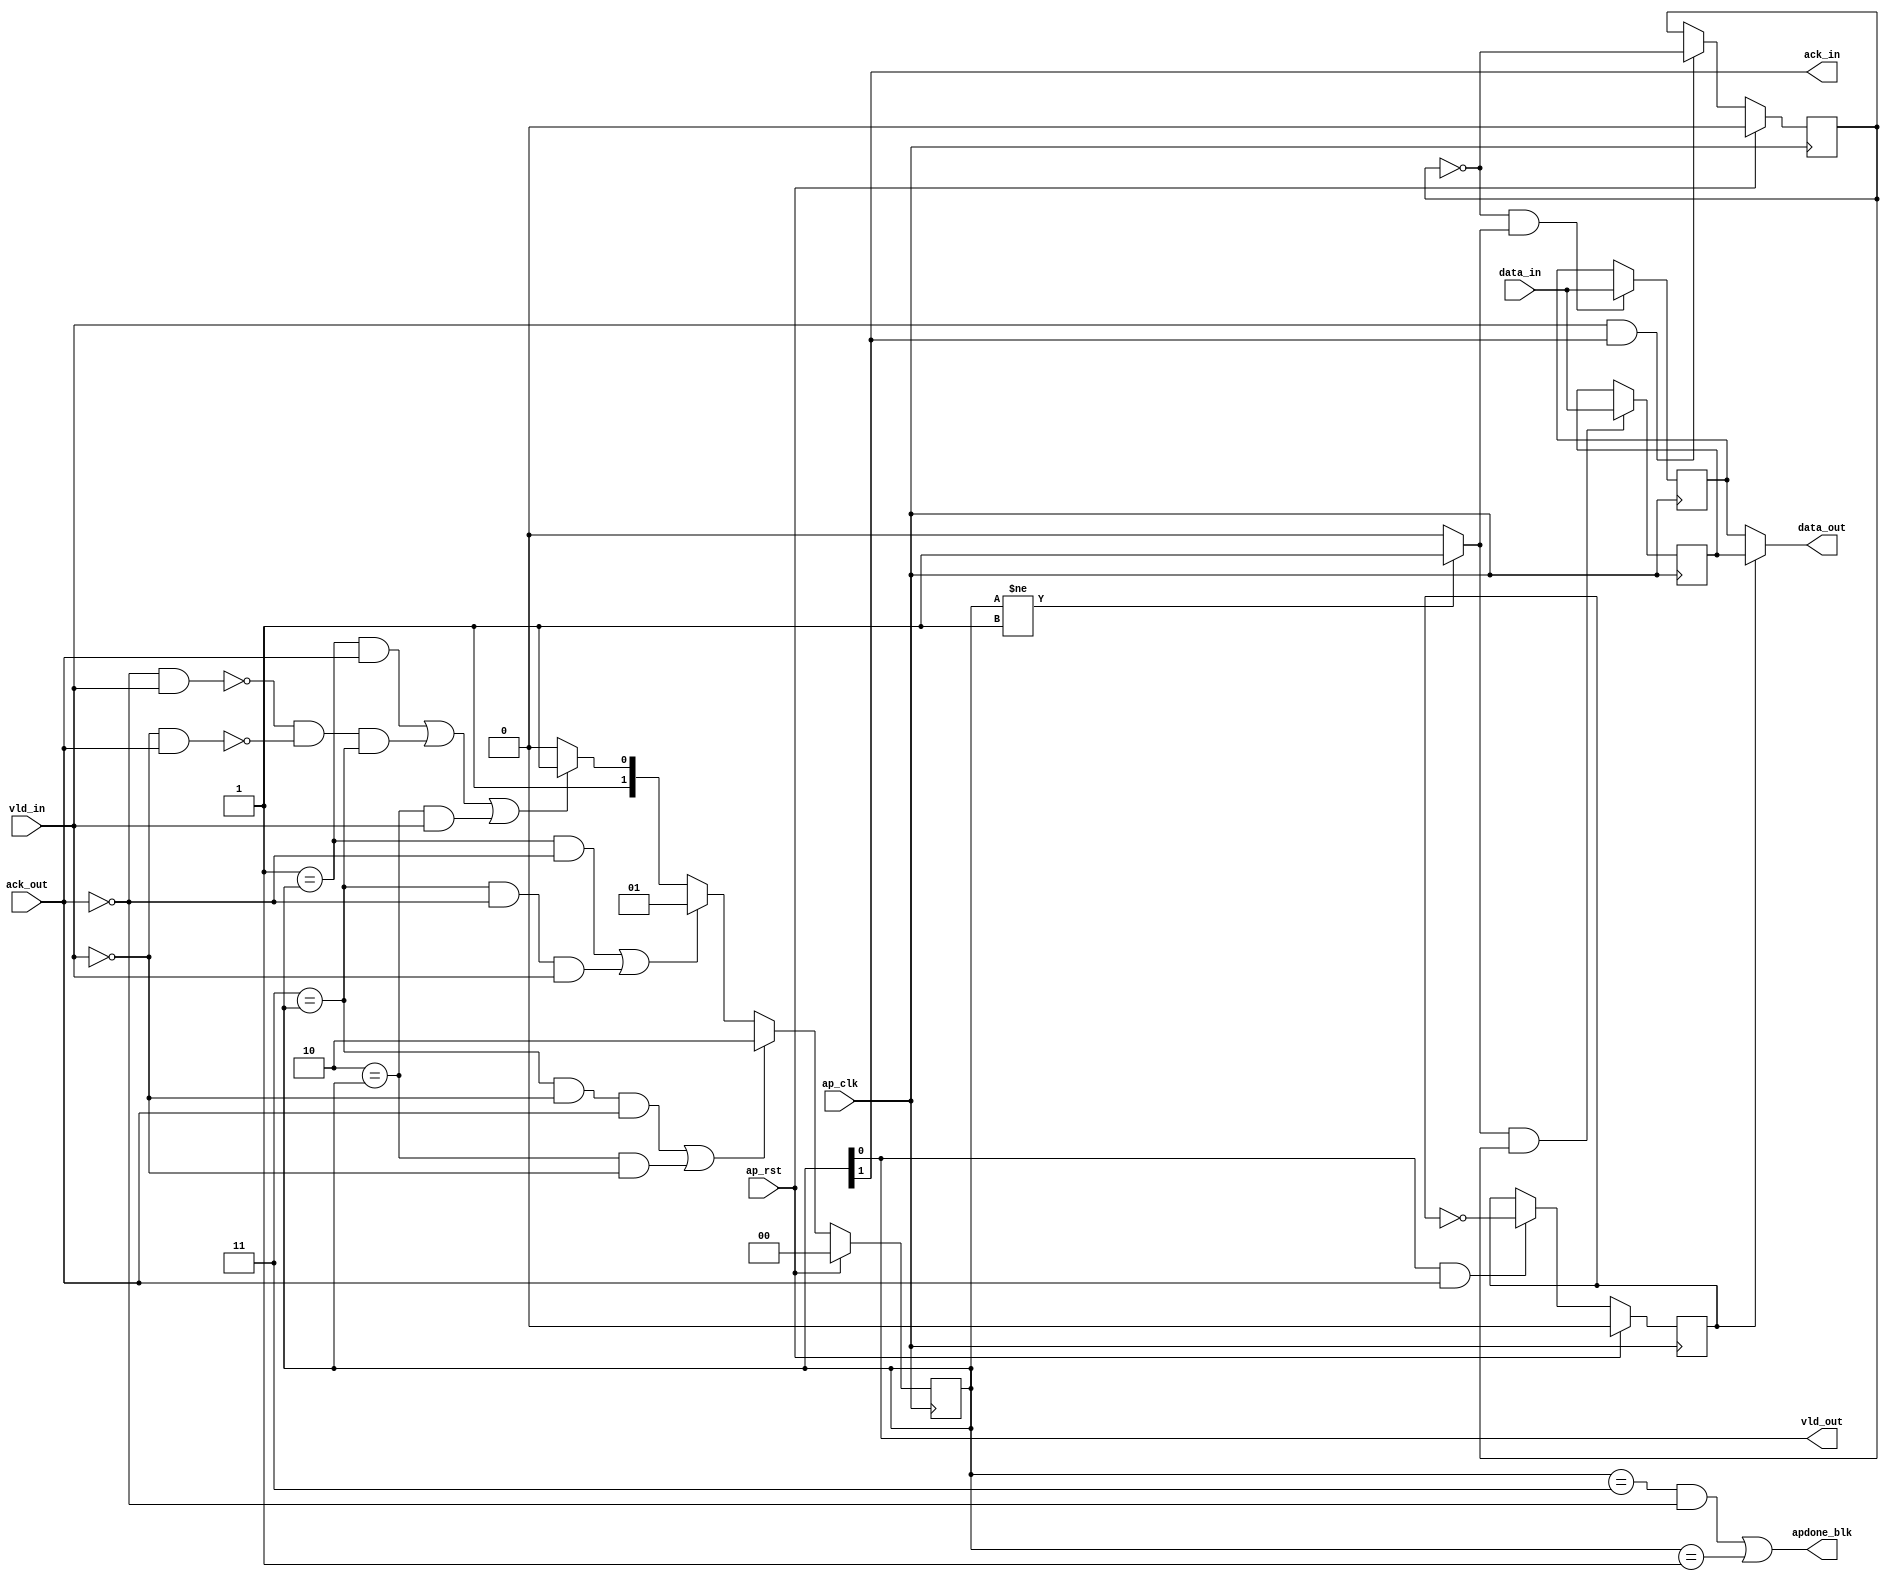
// ==============================================================
// Vitis HLS - High-Level Synthesis from C, C++ and OpenCL v2023.2 (64-bit)
// Tool Version Limit: 2023.10
// Copyright 1986-2022 Xilinx, Inc. All Rights Reserved.
// Copyright 2022-2023 Advanced Micro Devices, Inc. All Rights Reserved.
// 
// ==============================================================

`timescale 1ns/1ps

module userdma_regslice_both
#(parameter 
    DataWidth=32
)(
    input ap_clk ,
    input ap_rst,

    input [DataWidth-1:0] data_in , 
    input vld_in , 
    output ack_in ,
    output [DataWidth-1:0] data_out, 
    output vld_out,
    input ack_out,
    output apdone_blk
);
 

reg   [1:0] B_V_data_1_state;
wire   [DataWidth-1:0] B_V_data_1_data_in;
reg   [DataWidth-1:0] B_V_data_1_data_out;
wire    B_V_data_1_vld_reg;
wire    B_V_data_1_vld_in;
wire    B_V_data_1_vld_out;
reg   [DataWidth-1:0] B_V_data_1_payload_A;
reg   [DataWidth-1:0] B_V_data_1_payload_B;
reg    B_V_data_1_sel_rd;
reg    B_V_data_1_sel_wr;
wire    B_V_data_1_sel;
wire    B_V_data_1_load_A;
wire    B_V_data_1_load_B;
wire    B_V_data_1_state_cmp_full;
wire    B_V_data_1_ack_in;
wire    B_V_data_1_ack_out;

always @ (posedge ap_clk) begin
    if (ap_rst == 1'b1) begin
        B_V_data_1_sel_rd <= 1'b0;
    end else begin
        if (((1'b1 == B_V_data_1_vld_out) & (1'b1 == B_V_data_1_ack_out))) begin
            B_V_data_1_sel_rd <= ~B_V_data_1_sel_rd;
        end else begin
            B_V_data_1_sel_rd <= B_V_data_1_sel_rd;
        end
    end
end

always @ (posedge ap_clk) begin
    if (ap_rst == 1'b1) begin
        B_V_data_1_sel_wr <= 1'b0;
    end else begin
        if (((1'b1 == B_V_data_1_vld_in) & (1'b1 == B_V_data_1_ack_in))) begin
            B_V_data_1_sel_wr <= ~B_V_data_1_sel_wr;
        end else begin
            B_V_data_1_sel_wr <= B_V_data_1_sel_wr;
        end
    end
end

always @ (posedge ap_clk) begin
    if (ap_rst == 1'b1) begin
        B_V_data_1_state <= 2'd0;
    end else begin
        if ((((2'd3 == B_V_data_1_state) & (1'b0 == B_V_data_1_vld_in) & (1'b1 == B_V_data_1_ack_out)) | ((2'd2 == B_V_data_1_state) & (1'b0 == B_V_data_1_vld_in)))) begin
            B_V_data_1_state <= 2'd2;
        end else if ((((2'd1 == B_V_data_1_state) & (1'b0 == B_V_data_1_ack_out)) | ((2'd3 == B_V_data_1_state) & (1'b0 == B_V_data_1_ack_out) & (1'b1 == B_V_data_1_vld_in)))) begin
            B_V_data_1_state <= 2'd1;
        end else if ((((2'd1 == B_V_data_1_state) & (1'b1 == B_V_data_1_ack_out)) | (~((1'b0 == B_V_data_1_ack_out) & (1'b1 == B_V_data_1_vld_in)) & ~((1'b0 == B_V_data_1_vld_in) & (1'b1 == B_V_data_1_ack_out)) & (2'd3 == B_V_data_1_state)) | ((2'd2 == B_V_data_1_state) & (1'b1 == B_V_data_1_vld_in)))) begin
            B_V_data_1_state <= 2'd3;
        end else begin
            B_V_data_1_state <= 2'd2;
        end
    end
end

always @ (posedge ap_clk) begin
    if ((1'b1 == B_V_data_1_load_A)) begin
        B_V_data_1_payload_A <= B_V_data_1_data_in;
    end
end

always @ (posedge ap_clk) begin
    if ((1'b1 == B_V_data_1_load_B)) begin
        B_V_data_1_payload_B <= B_V_data_1_data_in;
    end
end

always @ (*) begin
    if ((1'b1 == B_V_data_1_sel)) begin
        B_V_data_1_data_out = B_V_data_1_payload_B;
    end else begin
        B_V_data_1_data_out = B_V_data_1_payload_A;
    end
end

assign B_V_data_1_ack_in = B_V_data_1_state[1'd1];
assign B_V_data_1_load_A = (~B_V_data_1_sel_wr & B_V_data_1_state_cmp_full);
assign B_V_data_1_load_B = (B_V_data_1_state_cmp_full & B_V_data_1_sel_wr);
assign B_V_data_1_sel = B_V_data_1_sel_rd;
assign B_V_data_1_state_cmp_full = ((B_V_data_1_state != 2'd1) ? 1'b1 : 1'b0);
assign B_V_data_1_vld_out = B_V_data_1_state[1'd0];

assign ack_in = B_V_data_1_ack_in;
assign B_V_data_1_data_in = data_in;
assign B_V_data_1_vld_in = vld_in;

assign vld_out = B_V_data_1_vld_out;
assign data_out = B_V_data_1_data_out;
assign B_V_data_1_ack_out = ack_out;

assign apdone_blk = ((B_V_data_1_state == 2'd3 && ack_out == 1'b0) | (B_V_data_1_state == 2'd1));

endmodule // both

module userdma_regslice_both_w1
#(parameter 
    DataWidth=1
)(
    input ap_clk ,
    input ap_rst,

    input data_in , 
    input vld_in , 
    output ack_in ,
    output data_out, 
    output vld_out,
    input ack_out,
    output apdone_blk
);

reg     [1:0] B_V_data_1_state;
wire    B_V_data_1_data_in;
reg     B_V_data_1_data_out;
wire    B_V_data_1_vld_reg;
wire    B_V_data_1_vld_in;
wire    B_V_data_1_vld_out;
reg     B_V_data_1_payload_A;
reg     B_V_data_1_payload_B;
reg     B_V_data_1_sel_rd;
reg     B_V_data_1_sel_wr;
wire    B_V_data_1_sel;
wire    B_V_data_1_load_A;
wire    B_V_data_1_load_B;
wire    B_V_data_1_state_cmp_full;
wire    B_V_data_1_ack_in;
wire    B_V_data_1_ack_out;

always @ (posedge ap_clk) begin
    if (ap_rst == 1'b1) begin
        B_V_data_1_sel_rd <= 1'b0;
    end else begin
        if (((1'b1 == B_V_data_1_vld_out) & (1'b1 == B_V_data_1_ack_out))) begin
            B_V_data_1_sel_rd <= ~B_V_data_1_sel_rd;
        end else begin
            B_V_data_1_sel_rd <= B_V_data_1_sel_rd;
        end
    end
end

always @ (posedge ap_clk) begin
    if (ap_rst == 1'b1) begin
        B_V_data_1_sel_wr <= 1'b0;
    end else begin
        if (((1'b1 == B_V_data_1_vld_in) & (1'b1 == B_V_data_1_ack_in))) begin
            B_V_data_1_sel_wr <= ~B_V_data_1_sel_wr;
        end else begin
            B_V_data_1_sel_wr <= B_V_data_1_sel_wr;
        end
    end
end

always @ (posedge ap_clk) begin
    if (ap_rst == 1'b1) begin
        B_V_data_1_state <= 2'd0;
    end else begin
        if ((((2'd3 == B_V_data_1_state) & (1'b0 == B_V_data_1_vld_in) & (1'b1 == B_V_data_1_ack_out)) | ((2'd2 == B_V_data_1_state) & (1'b0 == B_V_data_1_vld_in)))) begin
            B_V_data_1_state <= 2'd2;
        end else if ((((2'd1 == B_V_data_1_state) & (1'b0 == B_V_data_1_ack_out)) | ((2'd3 == B_V_data_1_state) & (1'b0 == B_V_data_1_ack_out) & (1'b1 == B_V_data_1_vld_in)))) begin
            B_V_data_1_state <= 2'd1;
        end else if ((((2'd1 == B_V_data_1_state) & (1'b1 == B_V_data_1_ack_out)) | (~((1'b0 == B_V_data_1_ack_out) & (1'b1 == B_V_data_1_vld_in)) & ~((1'b0 == B_V_data_1_vld_in) & (1'b1 == B_V_data_1_ack_out)) & (2'd3 == B_V_data_1_state)) | ((2'd2 == B_V_data_1_state) & (1'b1 == B_V_data_1_vld_in)))) begin
            B_V_data_1_state <= 2'd3;
        end else begin
            B_V_data_1_state <= 2'd2;
        end
    end
end

always @ (posedge ap_clk) begin
    if ((1'b1 == B_V_data_1_load_A)) begin
        B_V_data_1_payload_A <= B_V_data_1_data_in;
    end
end

always @ (posedge ap_clk) begin
    if ((1'b1 == B_V_data_1_load_B)) begin
        B_V_data_1_payload_B <= B_V_data_1_data_in;
    end
end

always @ (*) begin
    if ((1'b1 == B_V_data_1_sel)) begin
        B_V_data_1_data_out = B_V_data_1_payload_B;
    end else begin
        B_V_data_1_data_out = B_V_data_1_payload_A;
    end
end

assign B_V_data_1_ack_in = B_V_data_1_state[1'd1];
assign B_V_data_1_load_A = (~B_V_data_1_sel_wr & B_V_data_1_state_cmp_full);
assign B_V_data_1_load_B = (B_V_data_1_state_cmp_full & B_V_data_1_sel_wr);
assign B_V_data_1_sel = B_V_data_1_sel_rd;
assign B_V_data_1_state_cmp_full = ((B_V_data_1_state != 2'd1) ? 1'b1 : 1'b0);
assign B_V_data_1_vld_out = B_V_data_1_state[1'd0];

assign ack_in = B_V_data_1_ack_in;
assign B_V_data_1_data_in = data_in;
assign B_V_data_1_vld_in = vld_in;

assign vld_out = B_V_data_1_vld_out;
assign data_out = B_V_data_1_data_out;
assign B_V_data_1_ack_out = ack_out;

assign apdone_blk = ((B_V_data_1_state == 2'd3 && ack_out == 1'b0) | (B_V_data_1_state == 2'd1));

endmodule // both